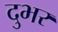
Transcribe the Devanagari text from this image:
दुभर